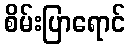
စိမ်းပြာရောင်